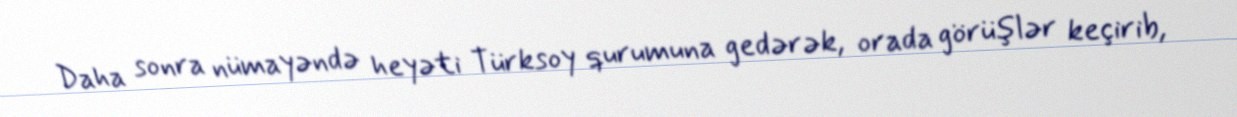
Daha sonra nümayəndə heyəti Türksoy qurumuna gedərək, orada görüşlər keçirib,